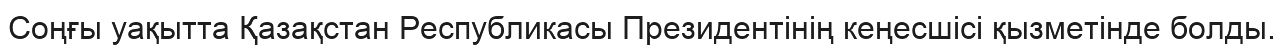
Соңғы уақытта Қазақстан Республикасы Президентінің кеңесшісі қызметінде болды.